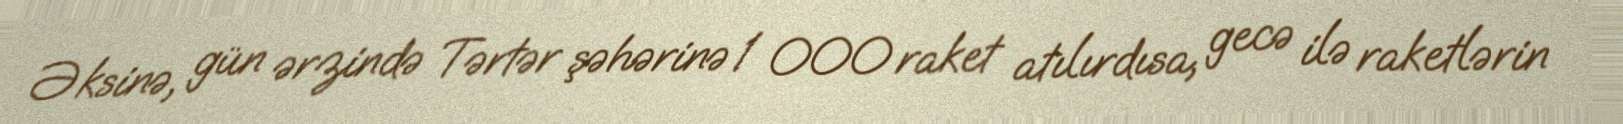
Əksinə, gün ərzində Tərtər şəhərinə 1 000 raket atılırdısa, gecə ilə raketlərin